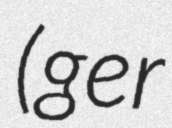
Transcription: (ger